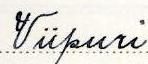
Viipuri